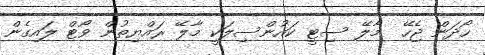
ހޯދަން ޖެހޭ  މާލޭ ސިޓީ ކައުންސިލަކީ މާލޭ ރައްޔިތުން ވޯޓް ލައިގެން